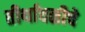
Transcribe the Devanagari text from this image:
तीर्थावळीचे